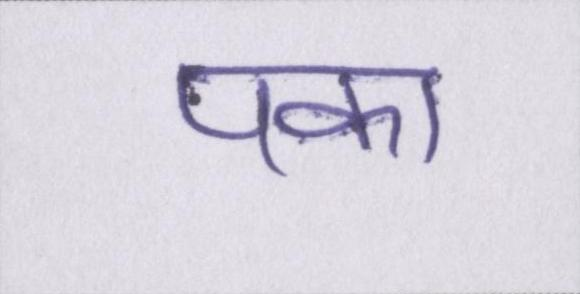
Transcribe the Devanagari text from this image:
पका